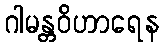
ဂါမန္တဝိဟာရေန